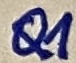
Text: Q1